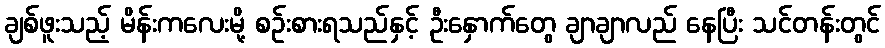
ချစ်ဖူးသည့် မိန်းကလေးမို့ စဉ်းစားရသည်နှင့် ဦးနှောက်တွေ ချာချာလည် နေပြီး သင်တန်းတွင်